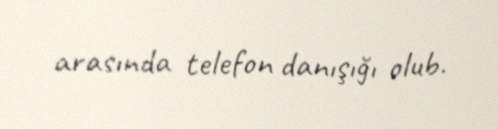
arasında telefon danışığı olub.